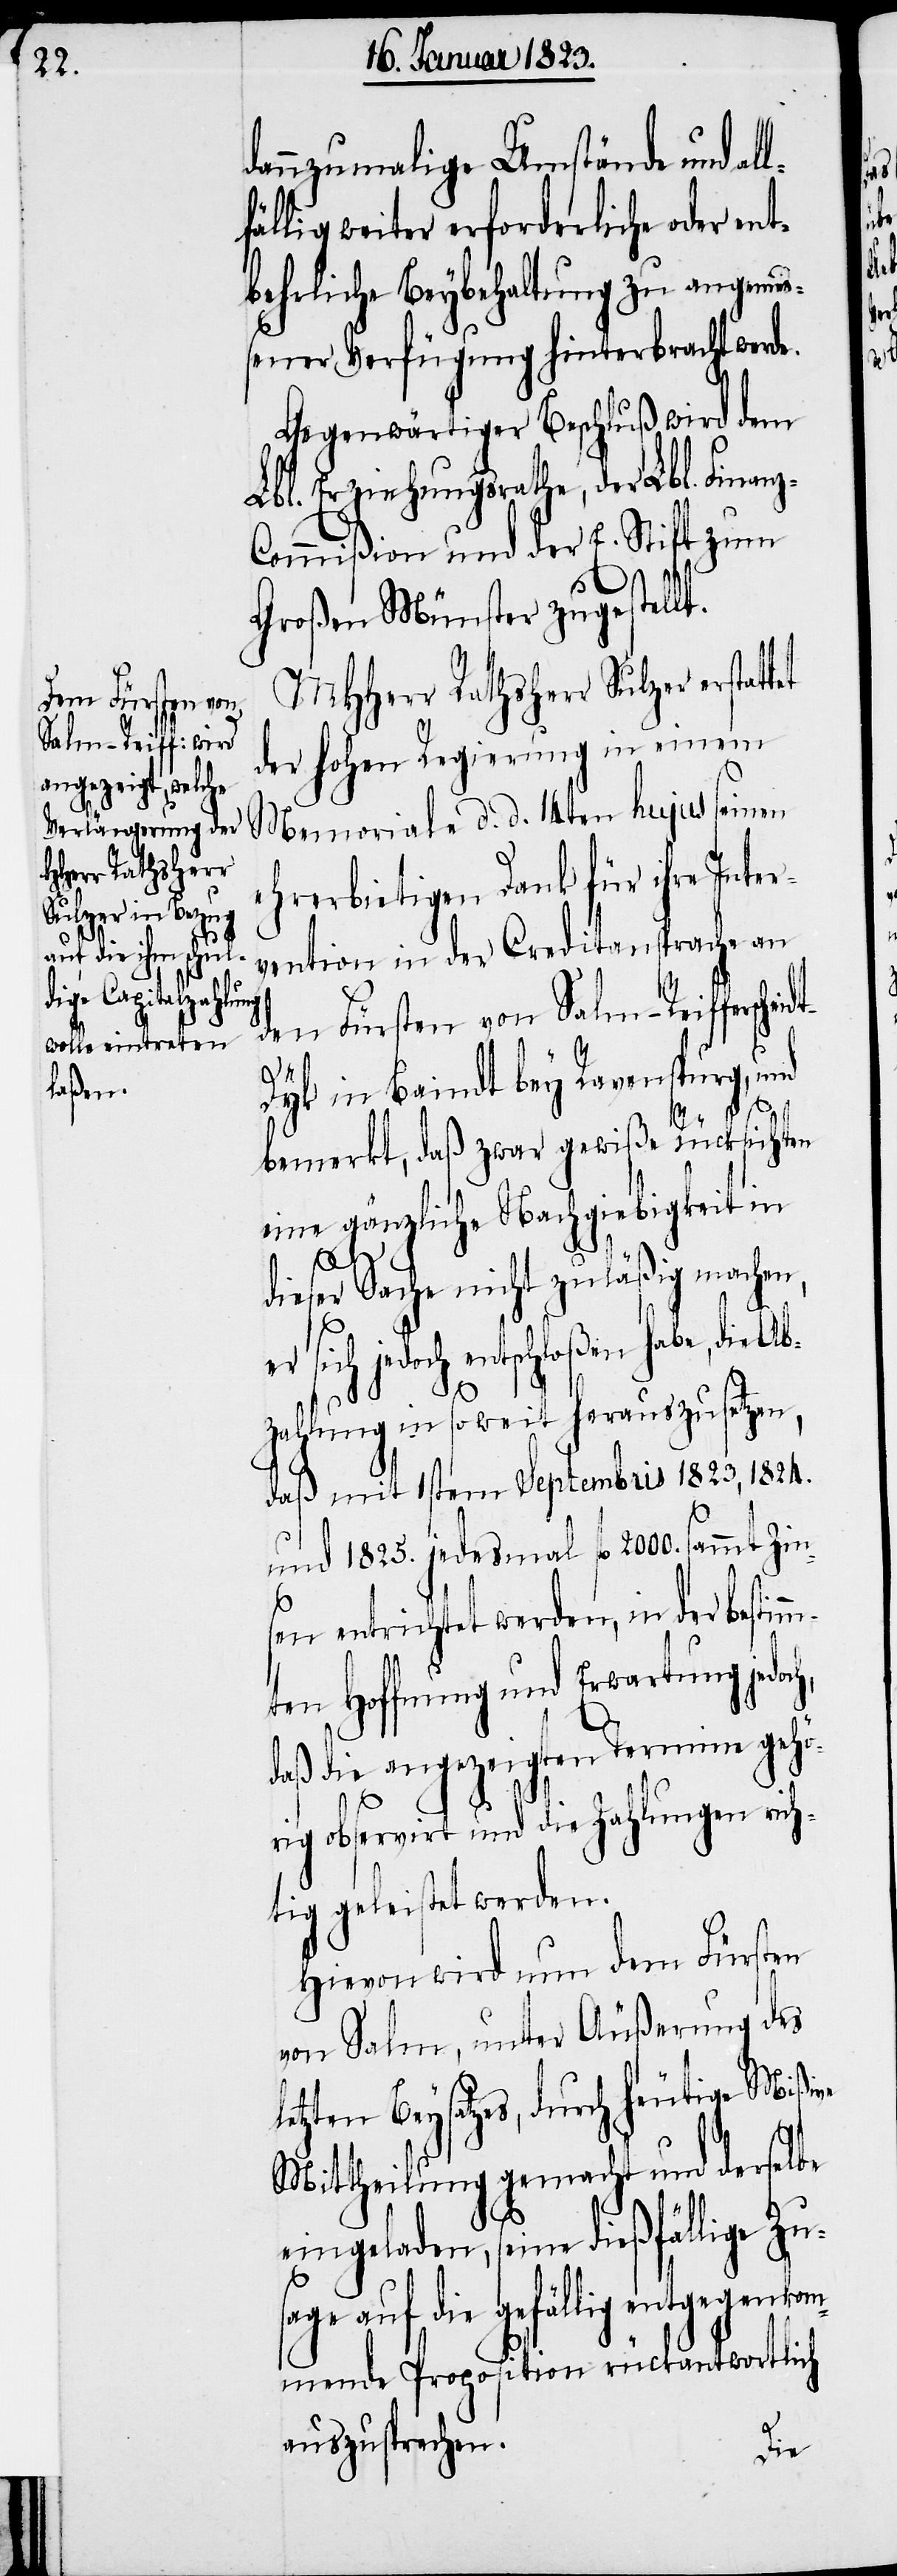
l¬

dannzumalige Umstände und al¬
fällig weiter erforderliche oder ent¬
behrliche Beybehaltung zu angeme¬
ßener Verfügung hinterbracht werde.
Gegenwärtiger Beschluß wird dem
Lbl. Erziehungsrathe, der Lbl. Finan¬
ommißion und der E. Stift zum
tet
Großen Münster zugestellt.
MHHerr Rathsherr Sulzer erstat¬
der hohen Regierung in einem
Memoriale d. d. 14ten hujus einen
ehrerbietigen Dank für ihre Inter¬
vention in der Creditansprache an
den Fürsten von Salm-Reiffersch¬
yk in Baindt bey Ravenspurg, und
bemerkt, daß zwar gewiße Rücksichten
eine gänzliche Nachgiebigkeit in
och,
dieser Sache nicht zuläßig machen,
er sich jedoch entschloßen habe, die Ab¬
zahlung in so weit herauszusetzen,
daß mit 1stem Septembris 1823, 1824.
und 1825. jedesmal fl. 2000. sammt Zin¬
sen entrichtet werden, in der bestim¬
mten Hoffnung und Erwartung jed¬
daß die angezeigten Termine gehö¬
rig observirt und die Zahlungen rich¬
tig geleistet werden.
Hievon wird nun dem Fürsten
von Salm, unter Äußerung des
etzten Beysatzes, durch heutige Mißive
Mittheilung gemacht und derselbe
eingeladen, seine dießfällige Zu¬
gefällig entgegenko¬
mmende Proposition rückantwortlich
auszusprechen.